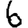
Digit: 6